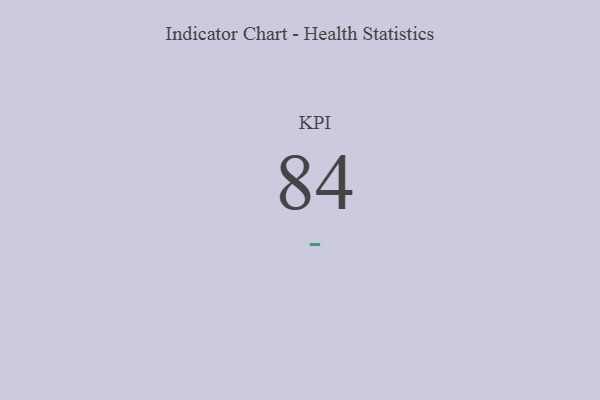
{"axis": {"x": "KPI", "y": "Value"}, "legend": [""], "data": [{"x": "KPI", "y": 84, "type": ""}]}